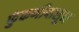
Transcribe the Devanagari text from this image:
फुंकणीपासून